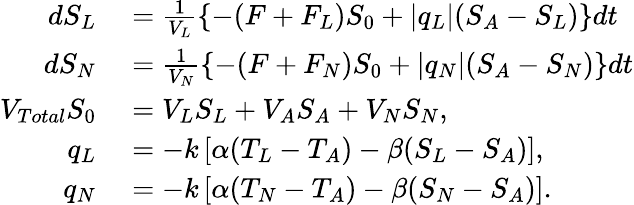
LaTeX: \begin{array}{rl}{d{S_{L}}}&{{}=\frac{1}{V_{L}}\{ -(F+F_{L})S_{0}+|q_{L}|(S_{A}-S_{L})\} dt}\\ {d{S_{N}}}&{{}=\frac{1}{V_{N}}\{ -(F+F_{N})S_{0}+|q_{N}|(S_{A}-S_{N})\} dt}\\ {V_{Total}S_{0}}&{{}=V_{L}S_{L}+V_{A}S_{A}+V_{N}S_{N},}\\ {q_{L}}&{{}=-k\left[\alpha(T_{L}-T_{A})-\beta(S_{L}-S_{A})\right],}\\ {q_{N}}&{{}=-k\left[\alpha(T_{N}-T_{A})-\beta(S_{N}-S_{A})\right].}\end{array}